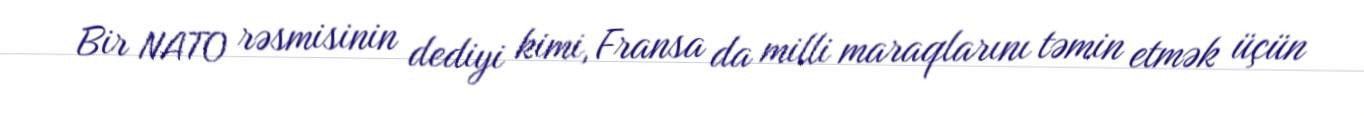
Bir NATO rəsmisinin dediyi kimi, Fransa da milli maraqlarını təmin etmək üçün